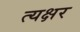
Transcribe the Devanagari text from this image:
त्यक्षर